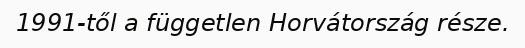
1991-től a független Horvátország része.